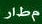
مطار